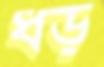
ধড়